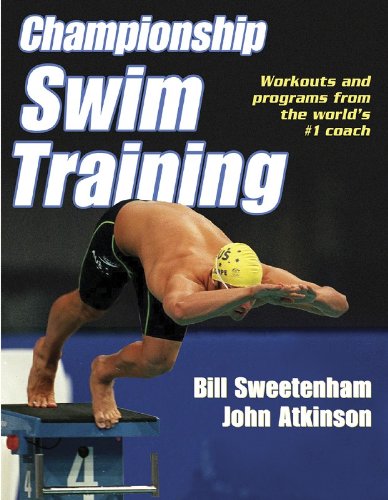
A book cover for Championship Swim Training; Bill Sweetenham; Health, Fitness & Dieting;